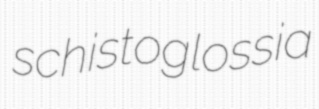
schistoglossia